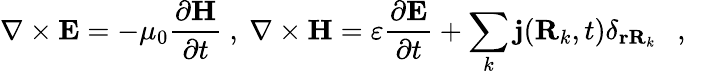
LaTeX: \nabla\times\mathbf{E}=-\mu_{0}\frac{\partial\mathbf{H}}{\partial t}\mathrm{~,~}\nabla\times\mathbf{H}=\varepsilon\frac{\partial\mathbf{E}}{\partial t}+\sum_{k}\mathbf{j}(\mathbf{R}_{k},t)\delta_{\mathbf{rR}_{k}}\mathrm{~\textbf~{~,~}~}